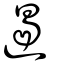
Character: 遏